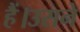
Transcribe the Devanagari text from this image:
हैं।उसने